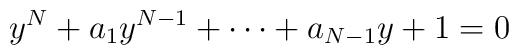
y^N + a_1 y^{N-1} + \cdots + a_{N-1} y + 1 = 0